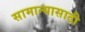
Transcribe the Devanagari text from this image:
सामान्यासाठी